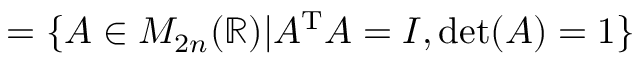
= \{ A \in M _ { 2 n } ( \mathbb { R } ) | A ^ { \mathrm { T } } A = I , \det ( A ) = 1 \}